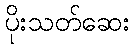
ပိုးသတ်ဆေး